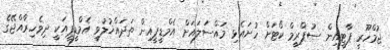
ޖުމްހޫރީ ޕާޓީއިން ސުޕްރީމް ކޯޓަށް ހުށައެޅި މައްސަލައަށް އެމްޑީޕީއިން ތަދައްޚުލުވީ އެމްޑީޕީއަކީ ދިވެހިރާއްޖޭގެ